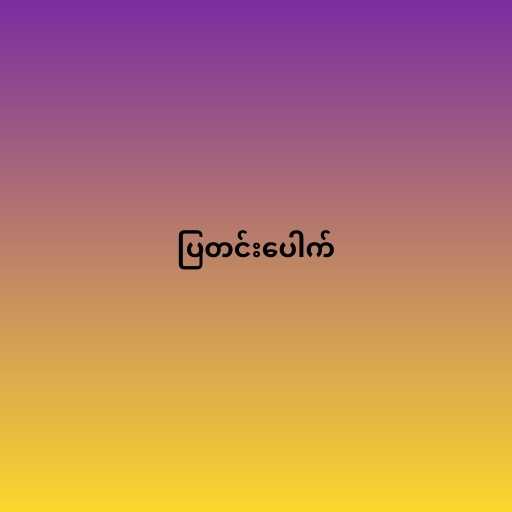
ပြတင်းပေါက်